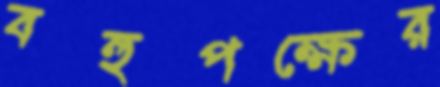
বহুপক্ষের